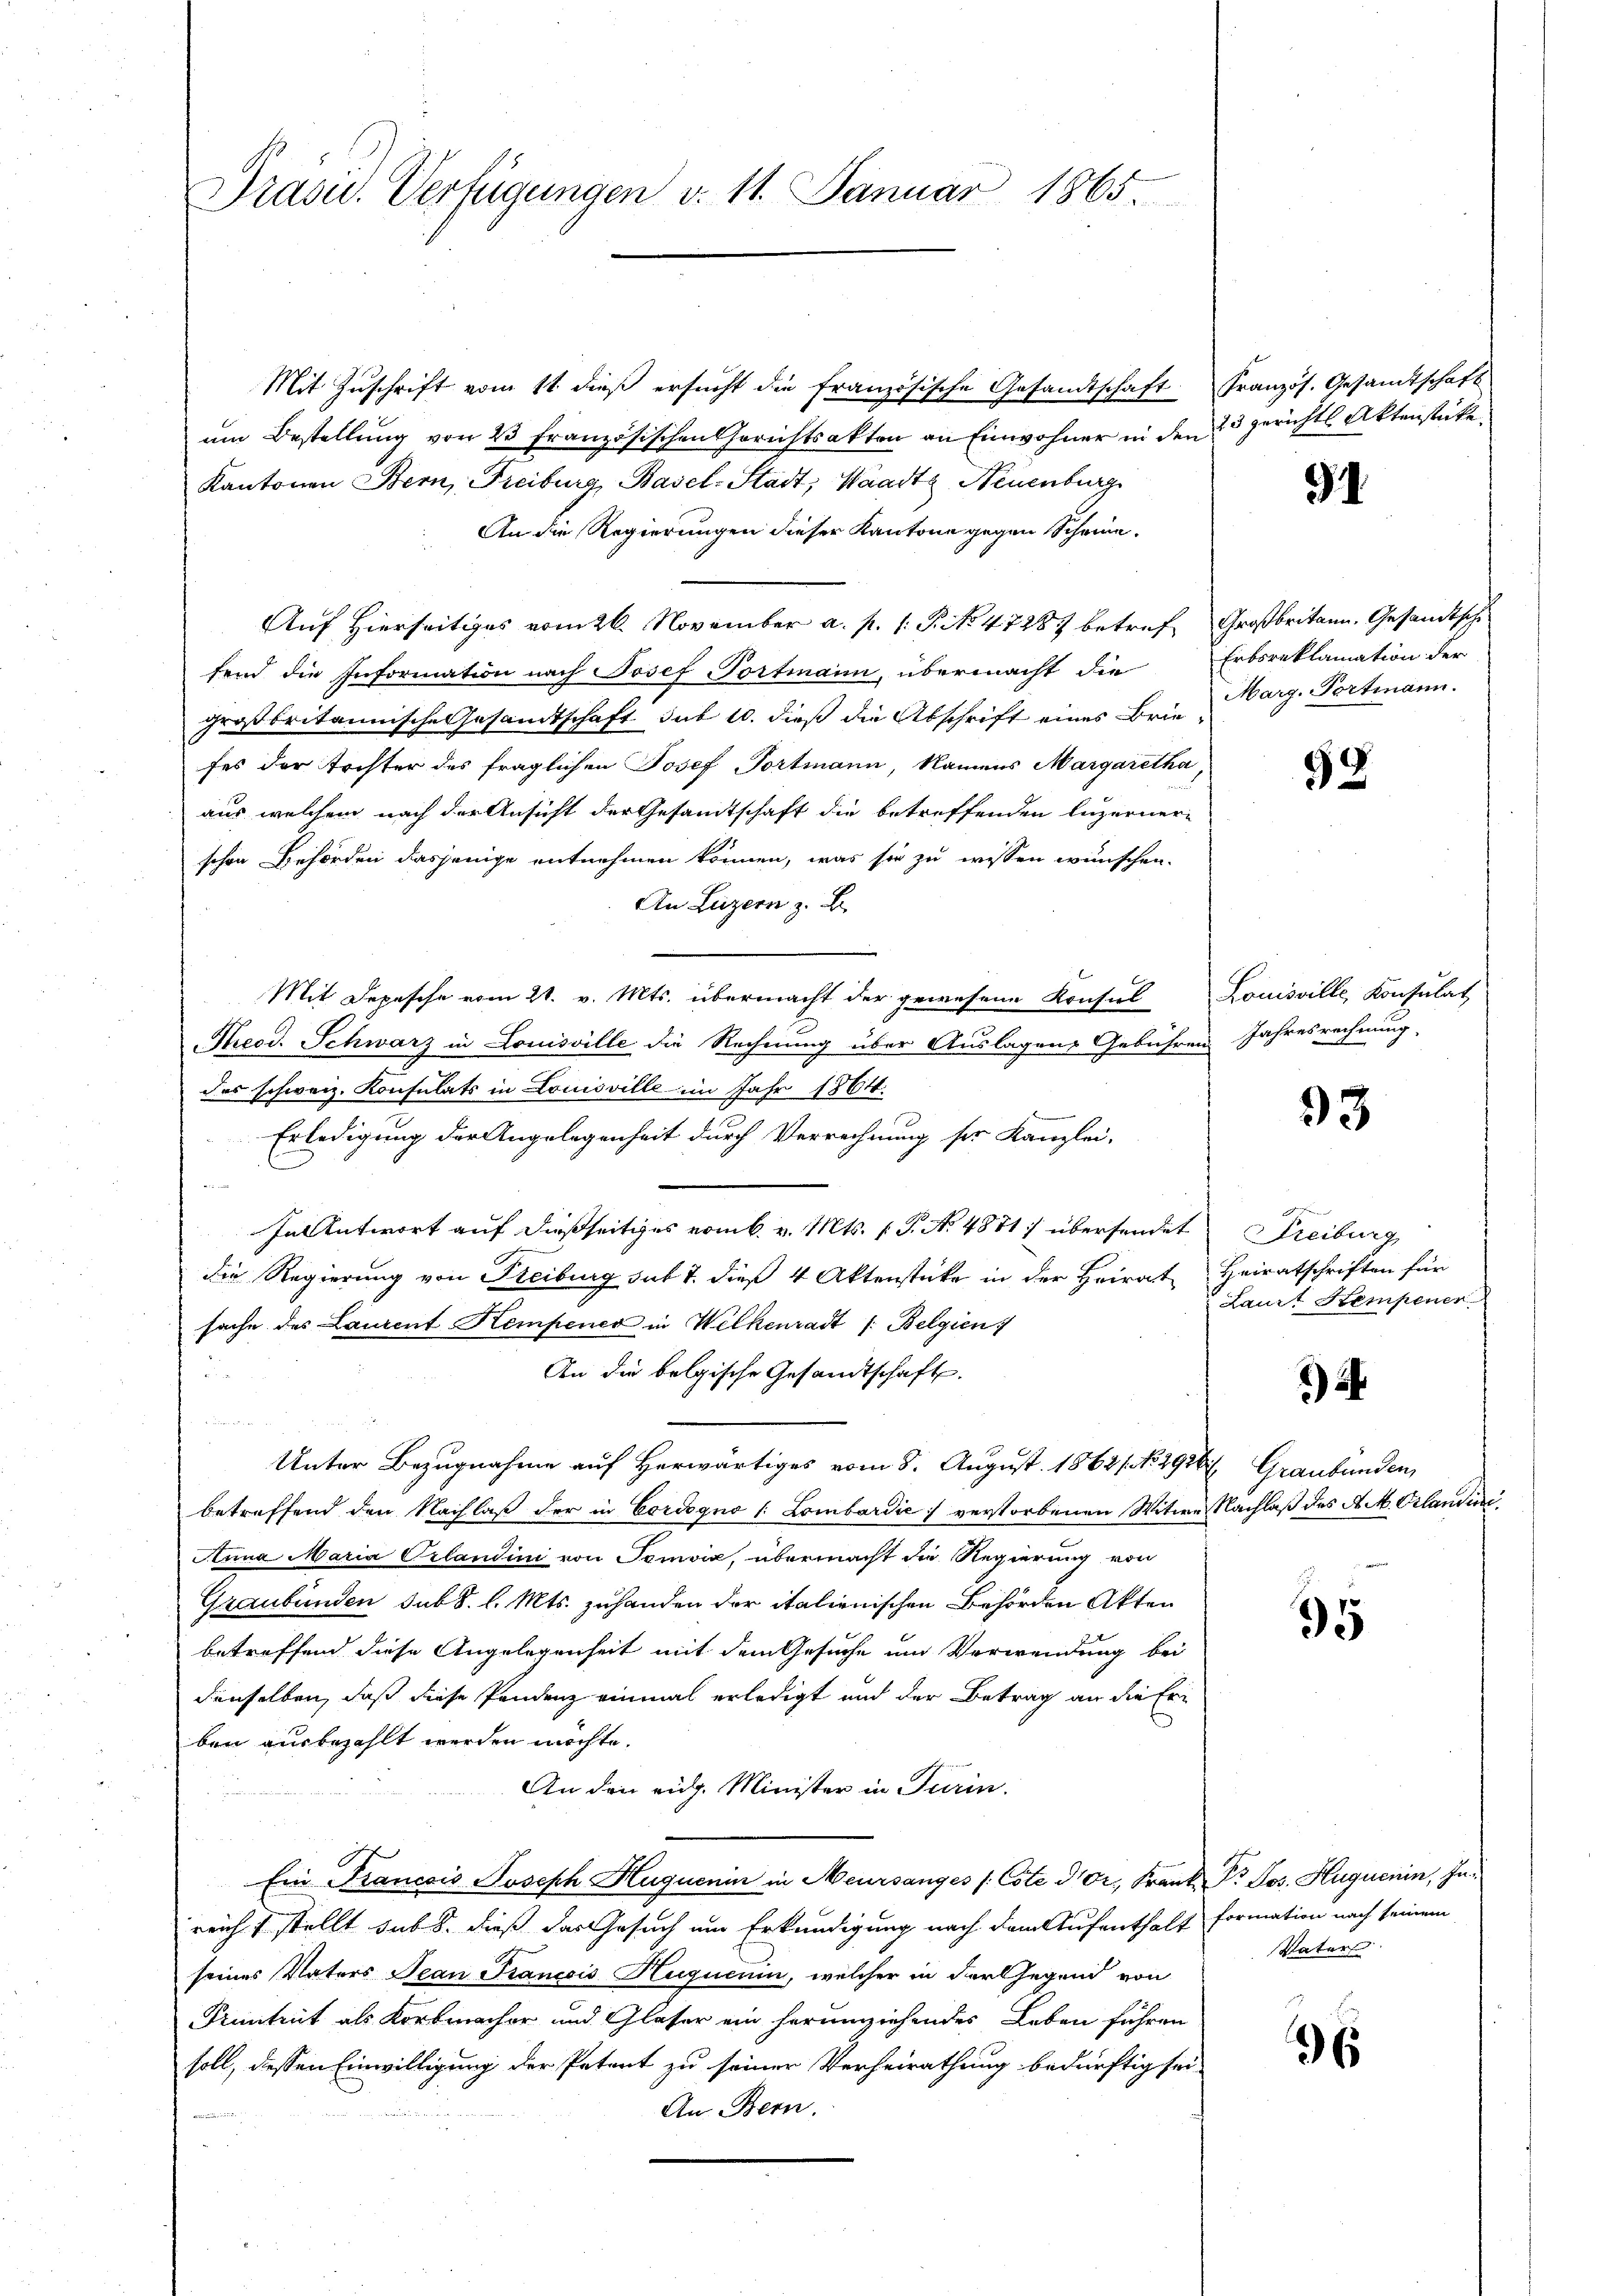
Präsid. Verfügungen v. 11. Januar 1865.

Mit Zuschrift vom 11 dieß ersucht die französische Gesandtschaft. Französ. Gesandtschaft
um Bestellung von 23 französischen Gerichtsakten an Einwohner in den 23 gerichts Aktenstückt
Kantonen Bern, Freiburg, Basel-Stadt, Waadt, Neuenburg
An die Regierungen dieser Kantone gegen Scheine.
Auf Hierseitiges vom 26. November a. p. 1. P. No. 47287 betref Großbritann, Gesandtsche
fend die Information nach Josef Portmann, übermacht die Erbsreklamation der
großbritannische Gesamtschaft sub 10. dieß die Abschrift eines Briefes der Tochter des fraglichen Josef Portmann, Namens Margaretha,
aus welchem nach der Ansicht der Gesandtschaft die betreffenden luzerner-
schen Behörden dasjenige entnehmen können, was sie zu wissen wünschen.
An Luzern z. B.
Mit Depesche vom 21. v. Mts. übermacht der gewesene Konsul Louisville, Konsulat
Theod. Schwarz in Louisville die Rechnung über Auslagens Gebühren Jahresrechnung.
des schweiz. Konsulats in Louisville im Jahr 1864.
Erledigung der Angelegenheit durch Verrechnung ser Kanzlei-
In Antwort auf dießseitiges vom 6. v. Mts. (T. No 4871/ übersendet Freiburg
die Regierung von Freiburg sub 7. dieß 4 Aktenstücke in der Heirat Heiratschriften für
sache des Laurent Kempener in Welkenradt /: Belgien
d
An die belgische Gesandtschaft.
Unter Bezugnahme auf Herwärtiges vom 8. August 18621. No 2920 Graubünden,
betreffend den Nachlaß der in Cordogno (: Lombardić verstorbenen Witwe Nachlaß des A. M. Erlandini
Anna Maria Crlandini von Tomvić, übermacht die Regierung von
Graubünden sub S. l. Mts. zuhanden der italienischen Behörden Akten
betreffend diese Angelegenheit mit dem Gesuche um Verwendung bei
denselben, daß diese Pendenz einmal erledigt und der Betrag an die Erben ausbezahlt werden möchte.
An den eidg. Minister in Turin
Ein Krancois Joseph Huquenin in Meursanges (Cote der Frank Dr. Jos. Huquenin, Inreicht stellt sub. dieß das Gesuch um Erkundigung nach dem Aufenthalt formation nach seinem
seines Vaters Jean Francois Huguenin, welcher in der Gegend von
Pruntrut als Kortmacher und Glaser ein herumziehendes Leben führen
soll, dessen Einwilligung der Petent zu seiner Verheirathung bedürftig sei
An Bern.

91

Marg. Portmann.

99

93

Laurt Stempener

*)

95

Vater

36